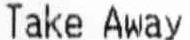
TAKE AWAY